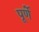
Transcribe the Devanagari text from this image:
पूर्णे